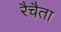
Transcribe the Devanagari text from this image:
रैचैता